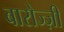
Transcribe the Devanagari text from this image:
बारोज्ज़ी